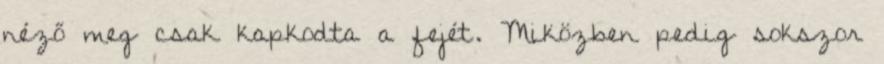
néző meg csak kapkodta a fejét. Miközben pedig sokszor